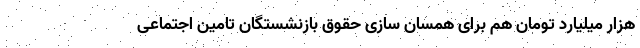
هزار میلیارد تومان هم برای همسان سازی حقوق بازنشستگان تامین اجتماعی